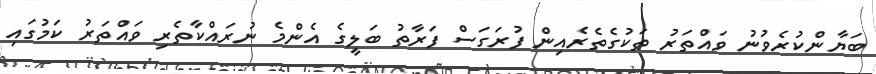
ބަޔާންކުރެވުނު ވައްތަރު ތަކުގެތެރެއިން ފުރަގަސް ފަރާތު ބަލީގެ އެންމެ ނުރައްކާތެރި ވައްތަރު ކަމުގައި